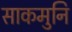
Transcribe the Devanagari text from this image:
साकमुनि